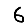
Digit: 6